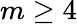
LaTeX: m\geq 4